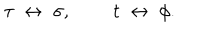
\tau \; \leftrightarrow \; \sigma , \; \; t \; \leftrightarrow \; \phi .